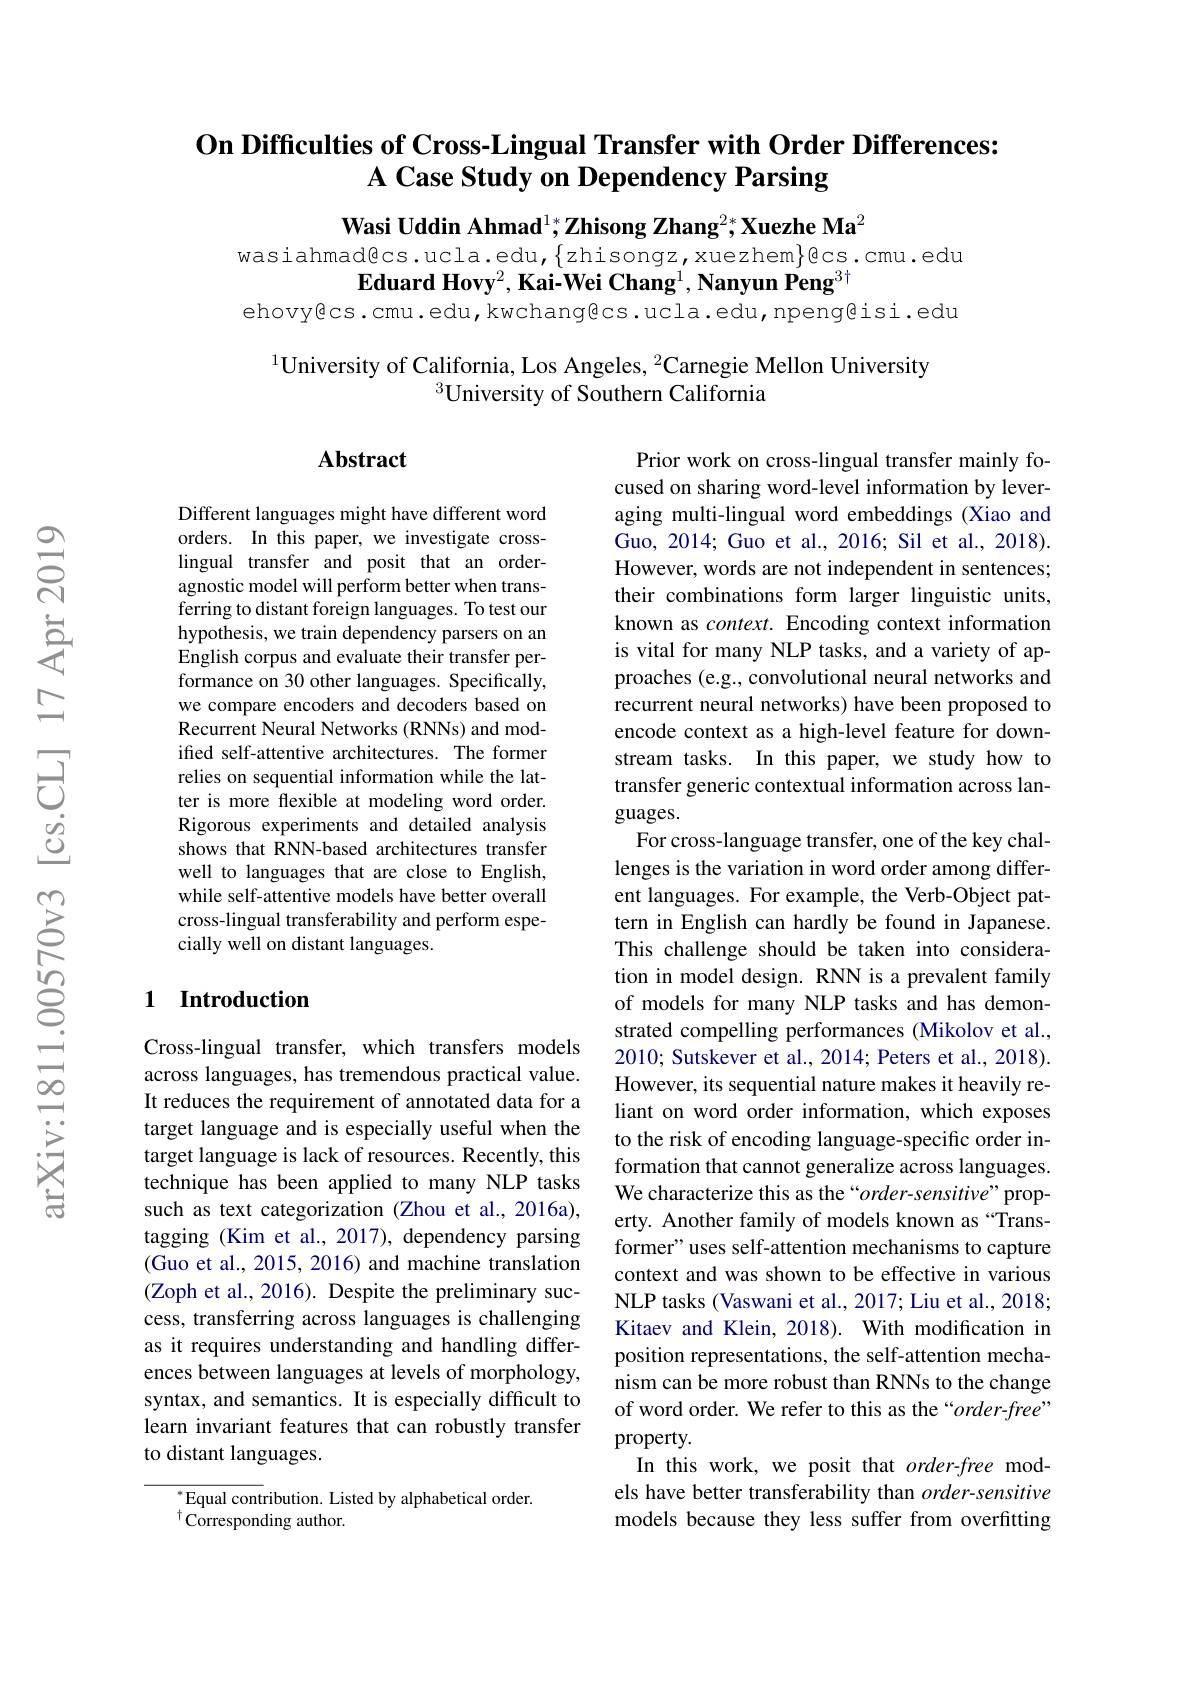
# On Difficulties of Cross-Lingual Transfer with Order Differences: A Case Study on Dependency Parsing

Wasi Uddin Ahmad$^1*\textbf{Zhisong Zhang}^{2*}$,Xuezhe Ma$^2$

$wasiahmad@cs.ucla.edu,\{zhisongz,xuezhem\}ecs.cmu.edu$
$\textbf{Eduard Hovy}^2,\textbf{Kai-Wei Chang}^1,\textbf{Nanyun Peng}^{3\dagger}$
ehovy@cs.cmu.edu,kwchang@cs.ucla.edu,npeng@isi.edu

$^{1}$University of California, Los Angeles, $^2$Carnegie Mellon University
$^3$University of Southern California

## $\mathbf{Abstract}$

Different languages might have different word orders. In this paper, we investigate crosslingual transfer and posit that an orderagnostic model will perform better when transferring to distant foreign languages. To test our hypothesis, we train dependency parsers on an English corpus and evaluate their transfer performance on 30 other languages. Specifically, we compare encoders and decoders based on Recurrent Neural Networks (RNNs) and modifed self-attentive architectures. The former relies on sequential information while the latter is more flexible at modeling word order. Rigorous experiments and detailed analysis shows that RNN-based architectures transfer well to languages that are close to English, while self-attentive models have better overall cross-lingual transferability and perform especially well on distant languages.

Prior work on cross-lingual transfer mainly focused on sharing word-level information by leveraging multi-lingual word embeddings (Xiao and Guo, 2014; Guo et al., 2016; Sil et al., 2018). However, words are not independent in sentences; their combinations form larger linguistic units, known as $context.$ Encoding context information is vital for many NLP tasks, and a variety of approaches (e.g., convolutional neural networks and recurrent neural networks) have been proposed to encode context as a high-level feature for downstream tasks. In this paper, we study how to transfer generic contextual information across languages.
For cross-language transfer, one of the key challenges is the variation in word order among different languages. For example, the Verb-Object pattern in English can hardly be found in Japanese. This challenge should be taken into consideration in model design. RNN is a prevalent family of models for many NLP tasks and has demonstrated compelling performances (Mikolov et al., 2010; Sutskever et al., 2014; Peters et al., 2018). However, its sequential nature makes it heavily reliant on word order information, which exposes to the risk of encoding language-specific order information that cannot generalize across languages. We characterize this as the“$order-sensitive”$ property. Another family of models known as“Transformer" uses self-attention mechanisms to capture context and was shown to be effective in various NLP tasks (Vaswani et al., 2017; Liu et al., 2018; Kitaev and Klein, 2018). With modification in position representations, the self-attention mechanism can be more robust than RNNs to the change of word order. We refer to this as the“order-free” property.
In this work, we posit that $order-free\mod$ els have better transferability than $order-sensitive$ models because they less suffer from overfitting

### 1 Introduction

Cross-lingual transfer, which transfers models across languages, has tremendous practical value. It reduces the requirement of annotated data for a target language and is especially useful when the target language is lack of resources. Recently, this technique has been applied to many NLP tasks such as text categorization (Zhou et al.,2016a), tagging (Kim et al., 2017), dependency parsing (Guo et al., 2015, 2016) and machine translation (Zoph et al., 2016). Despite the preliminary success, transferring across languages is challenging as it requires understanding and handling differences between languages at levels of morphology, syntax, and semantics. It is especially difficult to learn invariant features that can robustly transfer to distant languages.

$^{*}$Equal contribution. Listed by alphabetical order.
$^{\dagger}{\dot{\mathrm{Corresponding~author.}}}$